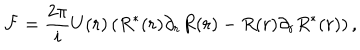
LaTeX: { \cal F } = \frac { 2 \pi } { i } U ( r ) \left( R ^ { \ast } ( r ) \partial _ { r } R ( r ) - R ( r ) \partial _ { r } R ^ { \ast } ( r ) \right) ,